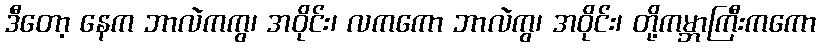
ဒီတော့ နေက ဘာလဲကကွ၊ အဝိုင်း၊ လကကော ဘာလဲကွ၊ အဝိုင်း၊ တို့ကမ္ဘာကြီးကကော